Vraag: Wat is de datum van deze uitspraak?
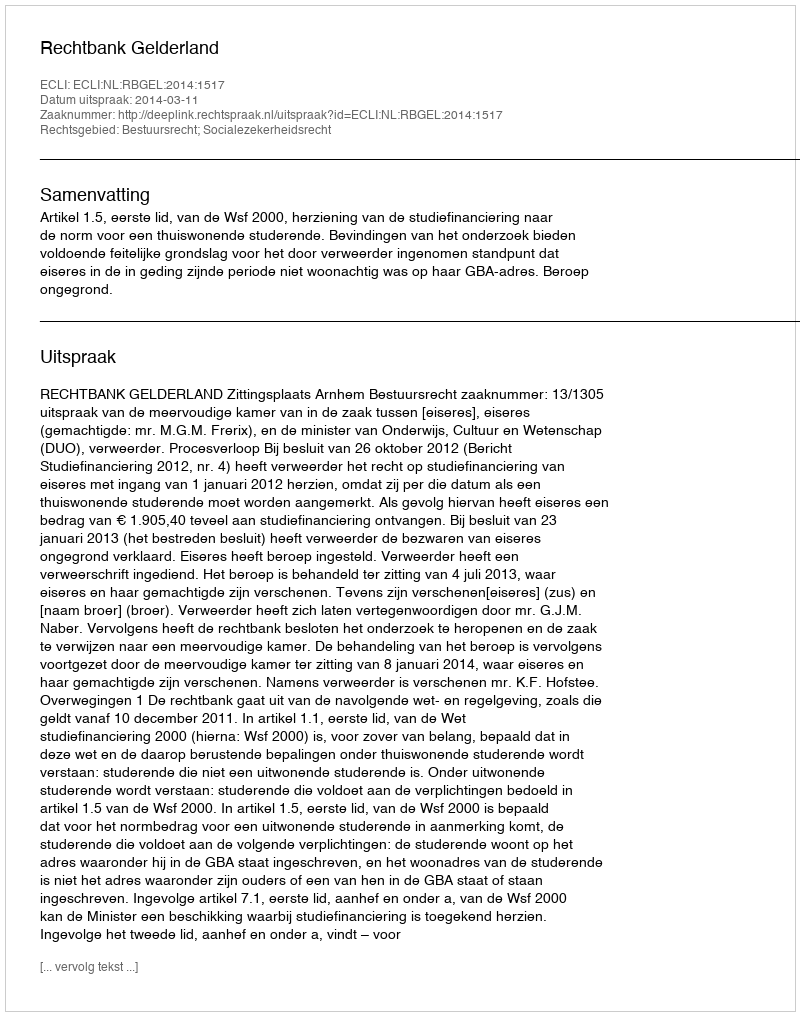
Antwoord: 2014-03-11